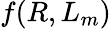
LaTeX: f(R,L_{m})